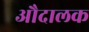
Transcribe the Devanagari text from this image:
औदालक